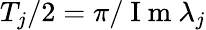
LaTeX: T_{j}/2=\pi/\mathrm{~I~m~}\lambda_{j}